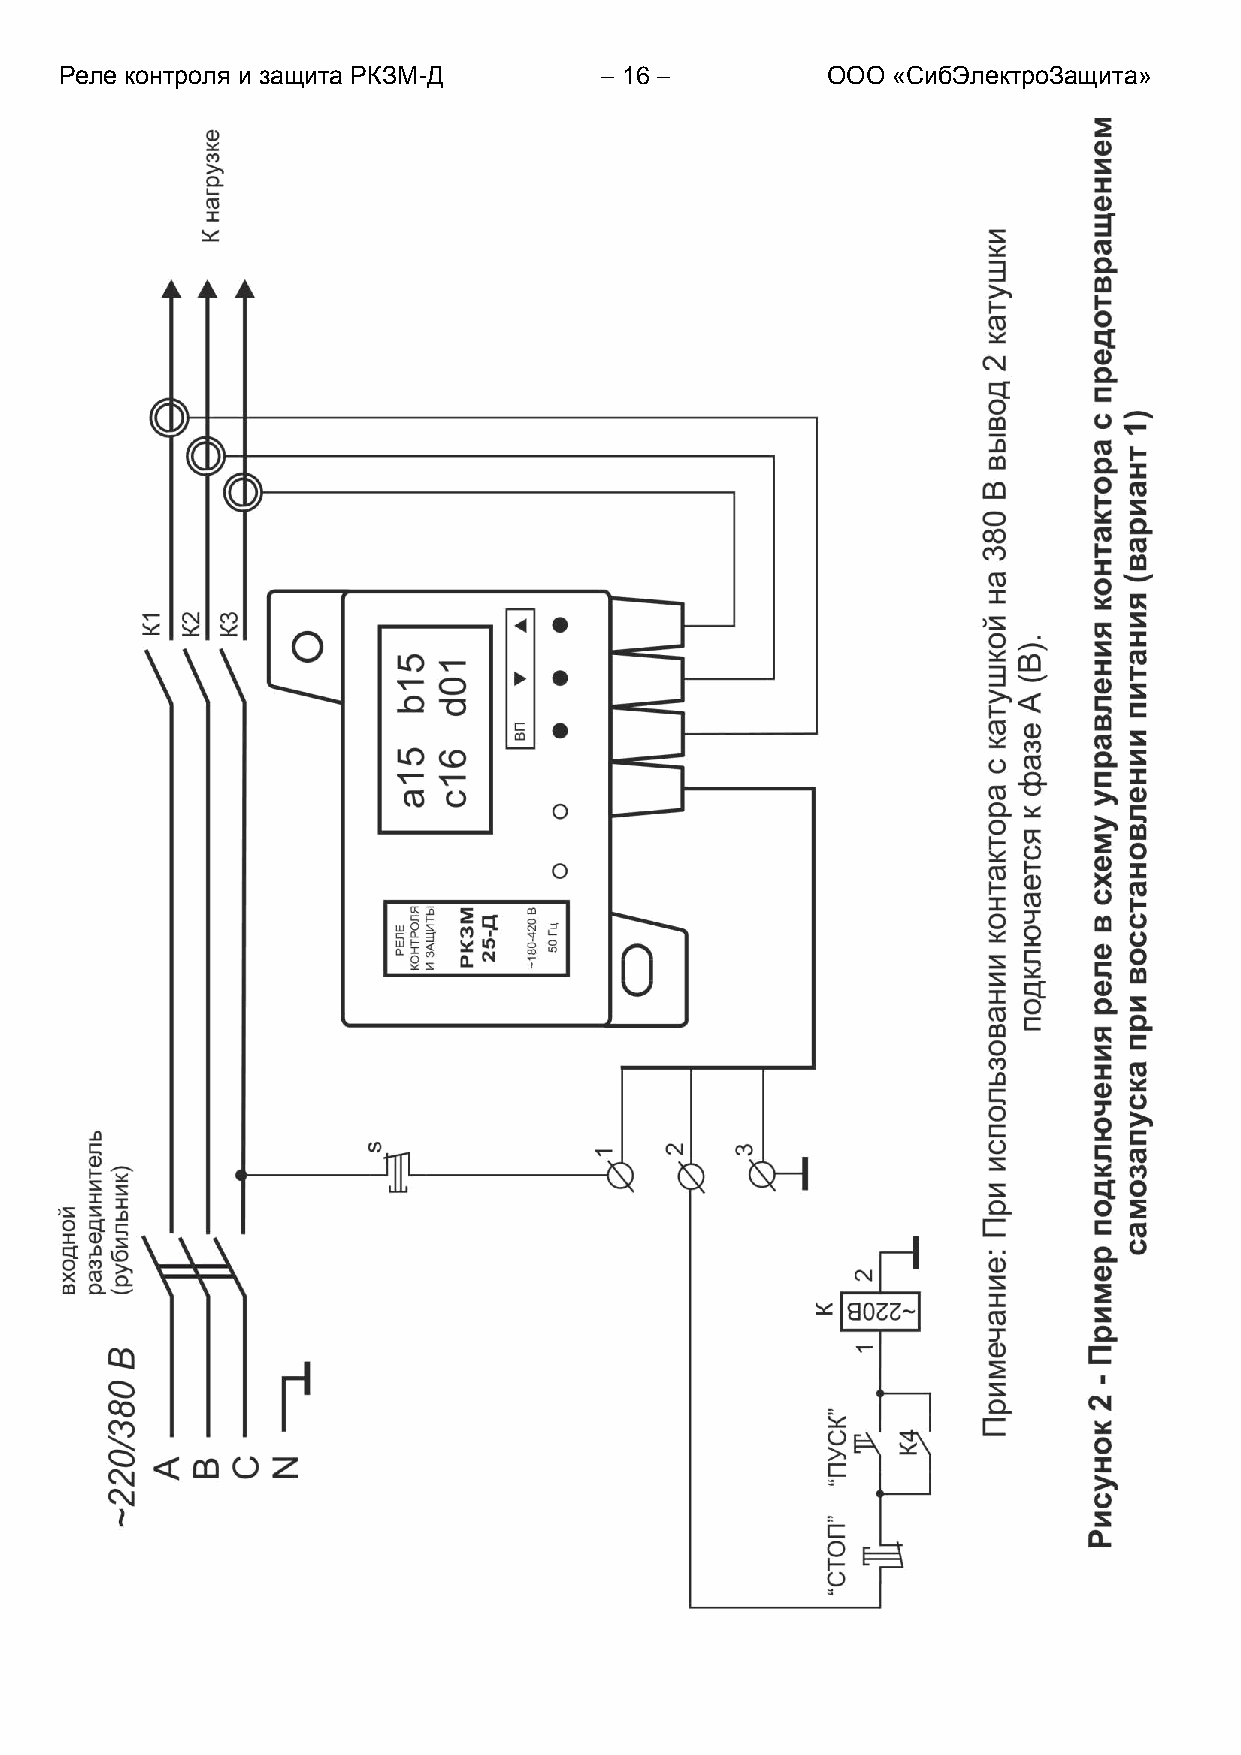
Реле контроля и защита РКЗМ-Д        16          ООО «СибЭлектроЗащита»